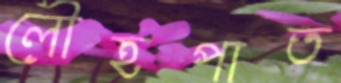
লৌহপাত